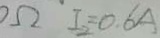
\Omega I _ { 2 } = 0 . 6 A